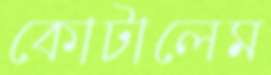
কোটালেম